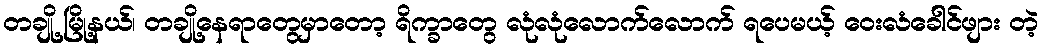
တချို့ မြို့နယ်၊ တချို့နေရာတွေမှာတော့ ရိက္ခာတွေ လုံလုံလောက်လောက် ရပေမယ့် ဝေးလံခေါင်ဖျား တဲ့